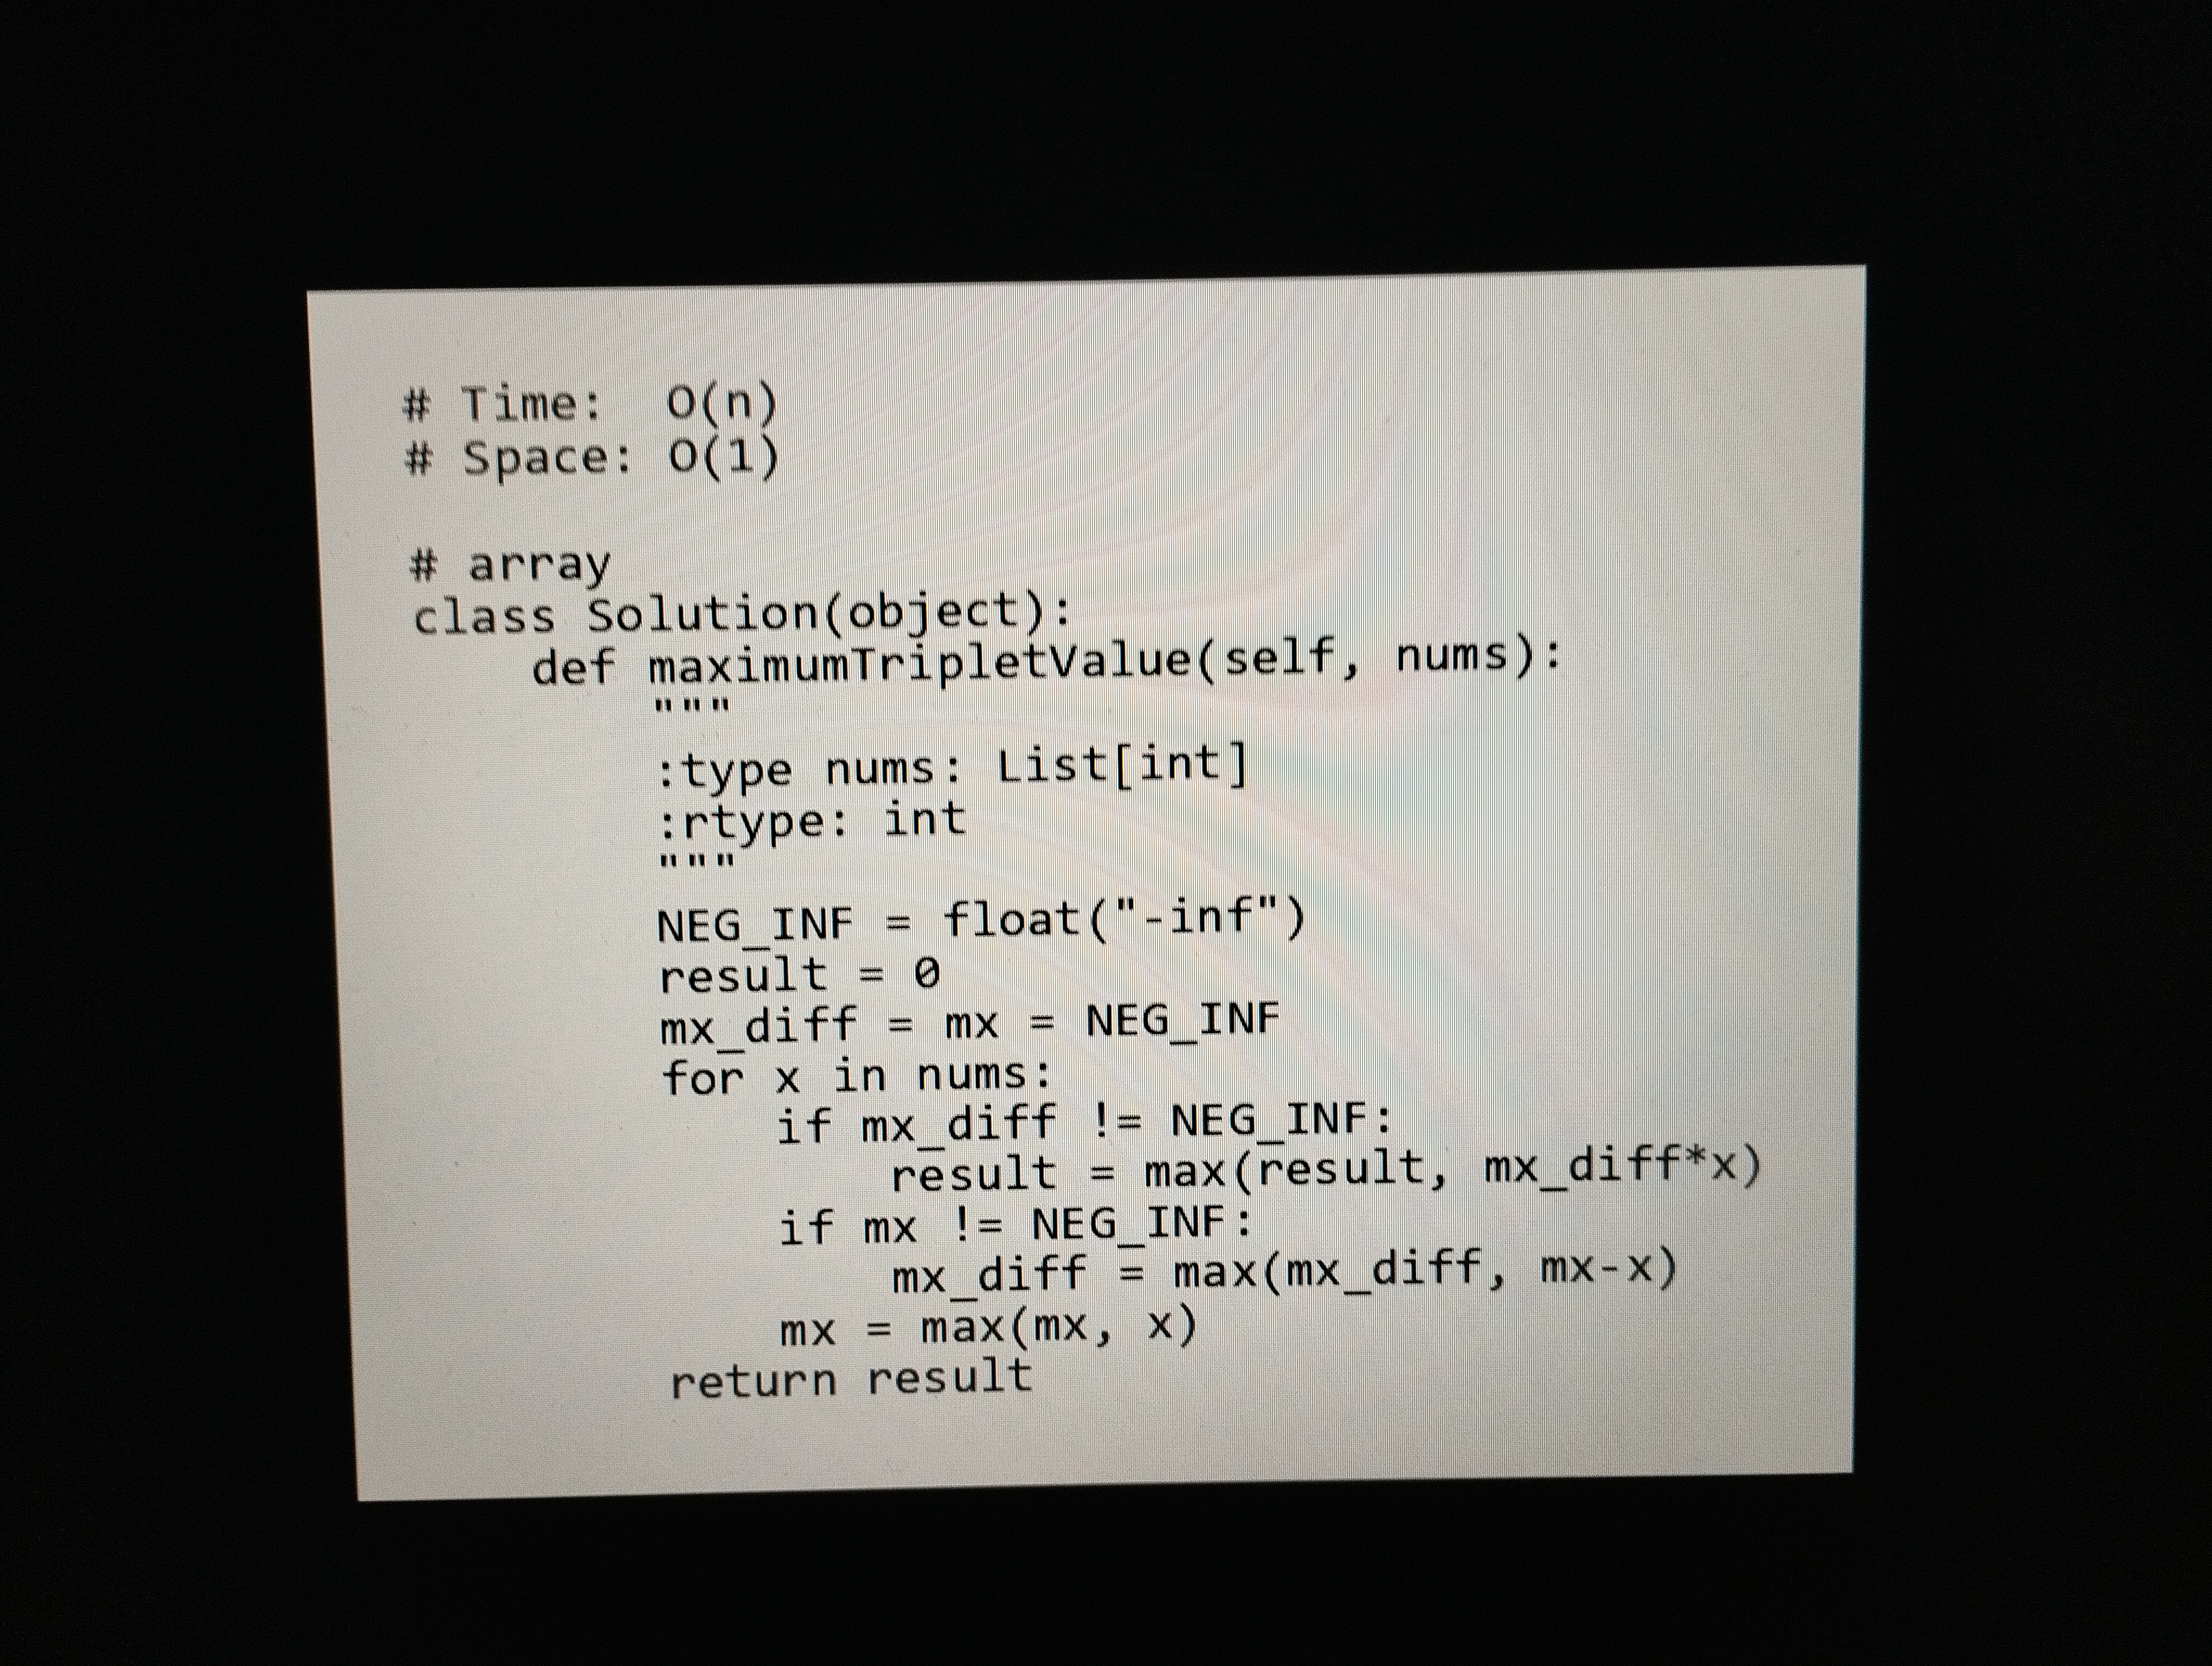
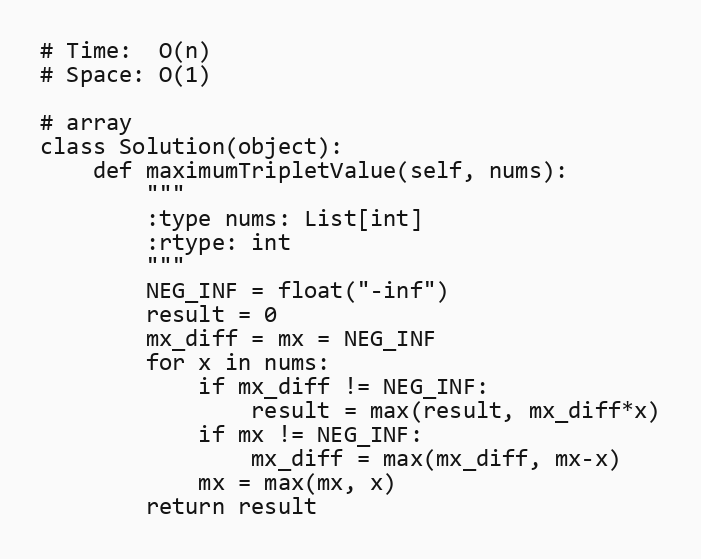
# Time:  O(n)
# Space: O(1)

# array
class Solution(object):
    def maximumTripletValue(self, nums):
        """
        :type nums: List[int]
        :rtype: int
        """
        NEG_INF = float("-inf")
        result = 0
        mx_diff = mx = NEG_INF
        for x in nums:
            if mx_diff != NEG_INF:
                result = max(result, mx_diff*x)
            if mx != NEG_INF:
                mx_diff = max(mx_diff, mx-x)
            mx = max(mx, x)
        return result